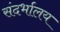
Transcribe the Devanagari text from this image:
संदर्भालय